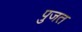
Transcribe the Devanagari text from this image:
पुजत